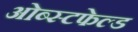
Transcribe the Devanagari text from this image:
ओब्स्टफेल्ड